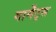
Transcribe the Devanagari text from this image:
गार्मेंट्स